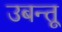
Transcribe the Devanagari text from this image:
उबन्तू